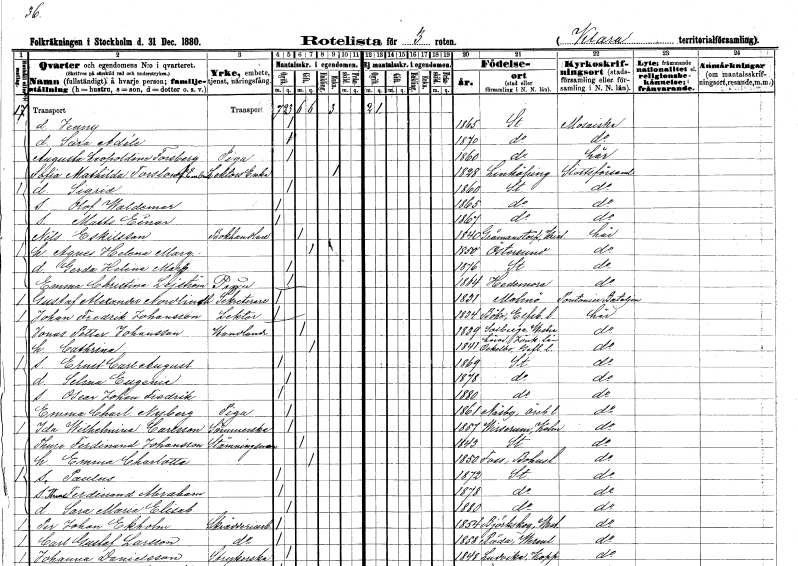
gt_parse: households: individuals: FN: Jenny
KON: K
CIV: O
FODAR: 1865
FODFORS: Stockholm
FN: Sara Adéle
KON: K
CIV: O
FODAR: 1870
FODFORS: Stockholm
FN: Augusta Leopoldine
EN: Forsberg
YRKE: Piga
KON: K
CIV: O
FODAR: 1860
FODFORS: Stockholm
FN: Sofia Mathilda
EN: Torslow Embring??
YRKE: Lektorsänka
KON: K
CIV: E
FODAR: 1828
FODFORS: Linköping Östergötlands län
FN: Sigrid
KON: K
CIV: O
FODAR: 1860
FODFORS: Stockholm
FN: Olof Waldemar
KON: M
CIV: O
FODAR: 1865
FODFORS: Stockholm
FN: Matts Einar
KON: M
CIV: O
FODAR: 1867
FODFORS: Stockholm
FN: Nils
EN: Eskilsson
YRKE: Bokhandlare
KON: M
CIV: G
FODAR: 1840
FODFORS: Gråmanstorp Kristianstads län
FN: Agnes Helena Margareta
KON: K
CIV: G
FODAR: 1850
FODFORS: Östersund Jämtlands län
FN: Gerda Helena Margareta
KON: K
CIV: O
FODAR: 1876
FODFORS: Stockholm
FN: Emma Christina
EN: Lejström
YRKE: Piga
KON: K
CIV: O
FODAR: 1864
FODFORS: Hedemora Kopparbergs län
FN: Gustaf Alexander
EN: Nordlindh
YRKE: Sekreterare
KON: M
CIV: O
FODAR: 1831
FODFORS: Malmö Malmöhus län
FN: Johan Fredrik
EN: Johansson
YRKE: Lektor
KON: M
CIV: O
FODAR: 1834
FODFORS: Böne Älvsborgs län
FN: Jonas Petter
EN: Johansson
YRKE: Handlande
KON: M
CIV: G
FODAR: 1839
FODFORS: Solberga Jönköpings län
FN: Cathrina
KON: K
CIV: G
FODAR: 1841
FODFORS: Ockelbo Gävleborgs län
FN: Ernst Carl August
KON: M
CIV: O
FODAR: 1869
FODFORS: Stockholm
FN: Selma Eugenia
KON: K
CIV: O
FODAR: 1878
FODFORS: Stockholm
FN: Oscar Johan Fredrik
KON: M
CIV: O
FODAR: 1880
FODFORS: Stockholm
FN: Emma Charlotta
EN: Nyberg
YRKE: Piga
KON: K
CIV: O
FODAR: 1861
FODFORS: Näsby Örebro län
FN: Ida Wilhelmina
EN: Carlsson
YRKE: Sömmerska
KON: K
CIV: O
FODAR: 1857
FODFORS: Virserum Kalmar län
FN: Thure Ferdinand
EN: Johansson
YRKE: Stämningsman
KON: M
CIV: G
FODAR: 1843
FODFORS: Stockholm
FN: Emma Charlotta
KON: K
CIV: G
FODAR: 1850
FODFORS: Foss Göteborgs- och Bohuslän
FN: Paulus
KON: M
CIV: O
FODAR: 1872
FODFORS: Stockholm
FN: Thure Ferdinand Abraham
KON: M
CIV: O
FODAR: 1878
FODFORS: Stockholm
FN: Sara Maria Elisabet
KON: K
CIV: O
FODAR: 1880
FODFORS: Stockholm
FN: Per Johan
EN: Ekholm
YRKE: Skrädderiarbetare
KON: M
CIV: O
FODAR: 1854
FODFORS: Björskog Västmanlands län
FN: Carl Gustaf
EN: Larsson
YRKE: Skrädderiarbetare
KON: M
CIV: O
FODAR: 1858
FODFORS: Råda Värmlands län
FN: Johanna
EN: Danielsson
YRKE: Strykerska
KON: K
CIV: O
FODAR: 1848
FODFORS: Ludvika Kopparbergs län